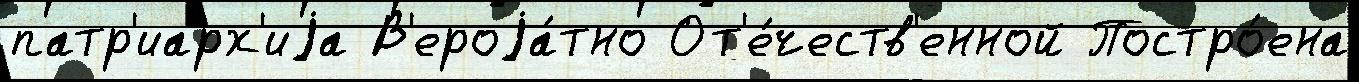
патр'иарх'иjа В'ероjа́тно От'е́честв'енной Постро́ена